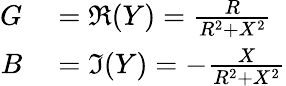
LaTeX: \begin{array}{rl}{G}&{{}=\Re(Y)={\frac{R}{R^{2}+X^{2}}}}\\ {B}&{{}=\Im(Y)=-{\frac{X}{R^{2}+X^{2}}}}\end{array}